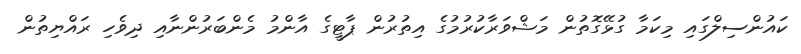
ކައުންސިލްގައި މިކަމާ ގުޅޭގޮތުން މަޝްވަރާކުރުމުގެ އިތުރުން ޕާޓީގެ އާންމު މެންބަރުންނާއި ދިވެހި ރައްޔިތުން